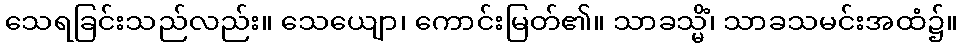
သေရခြင်းသည်လည်း။ သေယျော၊ ကောင်းမြတ်၏။ သာခသ္မိံ၊ သာခသမင်းအထံ၌။